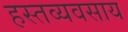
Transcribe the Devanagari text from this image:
हस्तव्यवसाय